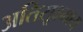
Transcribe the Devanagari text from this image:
अतिसूक्ष्माय